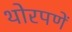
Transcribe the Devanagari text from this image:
थोरपणें